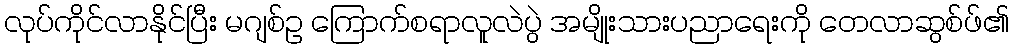
လုပ်ကိုင်လာနိုင်ပြီး မဂျစ်ဥ ကြောက်စရာလူလဲပွဲ အမျိုးသားပညာရေးကို တေလာဆွစ်ဖ်၏